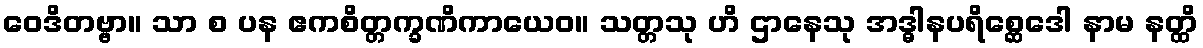
ဝေဒိတဗ္ဗာ။ သာ စ ပန ဧကစိတ္တက္ခဏိကာယေဝ။ သတ္တသု ဟိ ဌာနေသု အဒ္ဓါနပရိစ္ဆေဒေါ နာမ နတ္ထိ